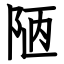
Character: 陋